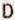
D